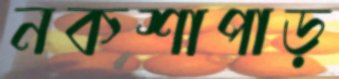
নকশাপাড়